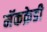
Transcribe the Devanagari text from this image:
मॅकक्रेडी